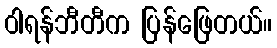
ဝါရန်ဘီတီက ပြန်ဖြေတယ်။